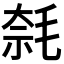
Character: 𣮦